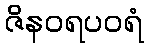
ဇိနဝရပဝရံ